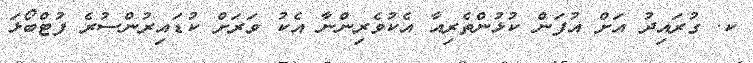
ކ. ގުރައިދު އަށް އުފަން ކުޅުންތެރިއާ އެކުވެރިންނާ އެކު ވަރަށް ކުޑައިރުންސުރެ ފުޓްބޯޅަ